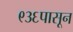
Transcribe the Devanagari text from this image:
९३६पासून